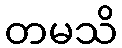
တမသိ